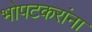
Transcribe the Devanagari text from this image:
भोपटकरांना